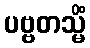
ပဗ္ဗတသ္မိံ